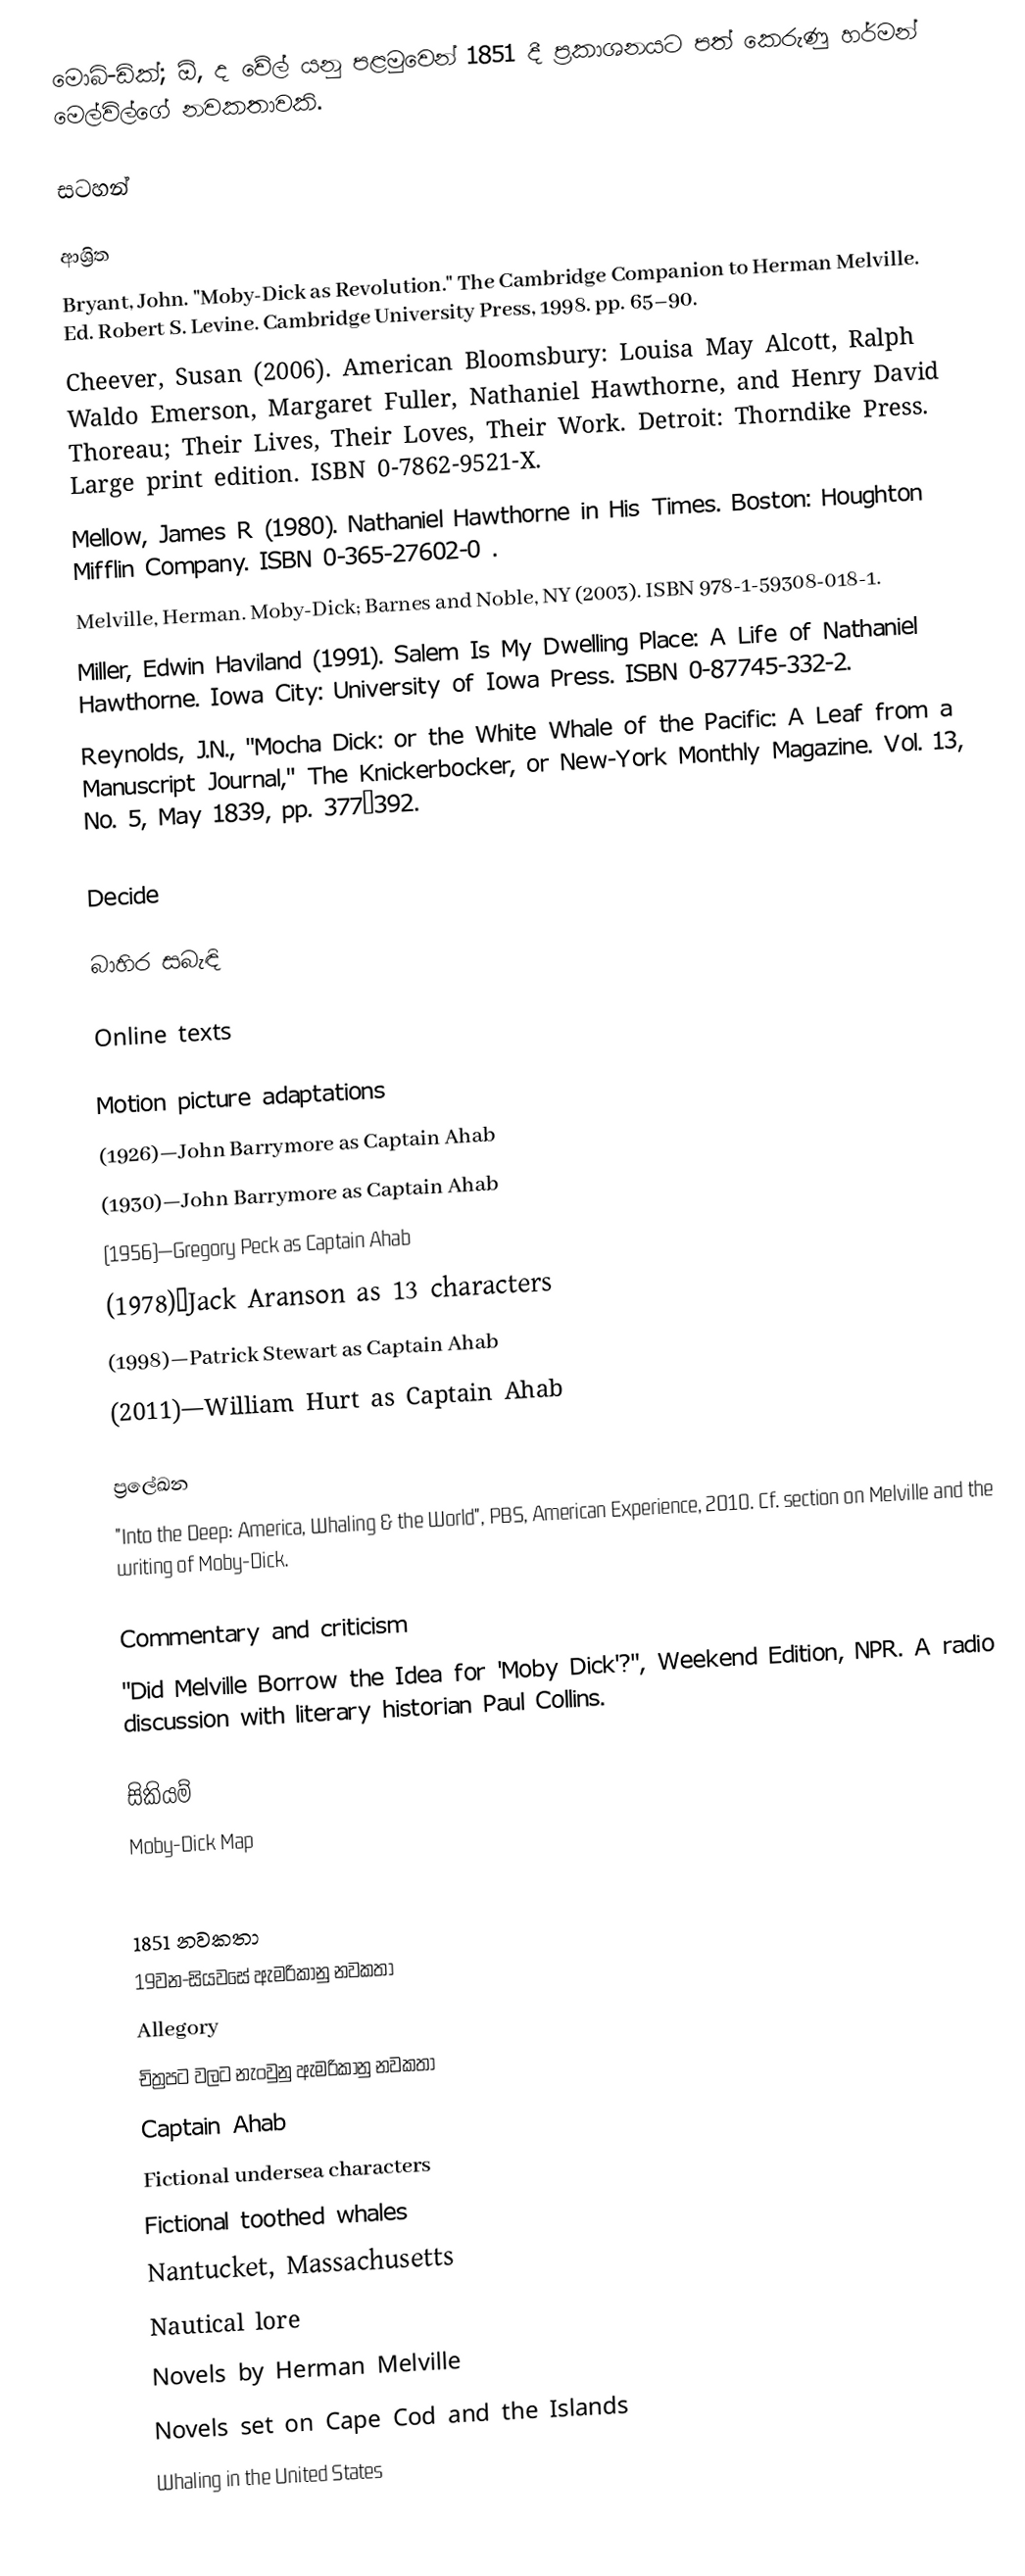
මොබි-ඩික්; ඕ, ද වේල් යනු පළමුවෙන් 1851 දී ප්‍රකාශනයට පත් කෙරුණු  හර්මන් මෙල්විල්ගේ නවකතාවකි.

සටහන්

ආශ්‍රිත
Bryant, John.  "Moby-Dick as Revolution."  The Cambridge Companion to Herman Melville.   Ed. Robert S. Levine.  Cambridge University Press, 1998. pp. 65–90.
Cheever, Susan (2006). American Bloomsbury: Louisa May Alcott, Ralph Waldo Emerson, Margaret Fuller, Nathaniel Hawthorne, and Henry David Thoreau; Their Lives, Their Loves, Their Work. Detroit: Thorndike Press. Large print edition. ISBN 0-7862-9521-X.
Mellow, James R (1980). Nathaniel Hawthorne in His Times. Boston: Houghton Mifflin Company. ISBN 0-365-27602-0 .
Melville, Herman. Moby-Dick; Barnes and Noble, NY (2003). ISBN 978-1-59308-018-1.
Miller, Edwin Haviland (1991). Salem Is My Dwelling Place: A Life of Nathaniel Hawthorne. Iowa City: University of Iowa Press. ISBN 0-87745-332-2.
Reynolds, J.N., "Mocha Dick: or the White Whale of the Pacific: A Leaf from a Manuscript Journal," The Knickerbocker, or New-York Monthly Magazine. Vol. 13, No. 5, May 1839, pp. 377–392.

Decide

බාහිර සබැඳි

Online texts

Motion picture adaptations
  (1926)—John Barrymore as Captain Ahab
  (1930)—John Barrymore as Captain Ahab
  (1956)—Gregory Peck as Captain Ahab
  (1978)—Jack Aranson as 13 characters
  (1998)—Patrick Stewart as Captain Ahab
  (2011)—William Hurt as Captain Ahab

ප්‍රලේඛන
 "Into the Deep: America, Whaling & the World", PBS, American Experience, 2010. Cf. section on Melville and the writing of Moby-Dick.

Commentary and criticism
 "Did Melville Borrow the Idea for 'Moby Dick'?", Weekend Edition, NPR. A radio discussion with literary historian Paul Collins.

සිකියම්
 Moby-Dick Map

1851 නවකතා
19වන-සියවසේ ඇමරිකානු නවකතා
Allegory
චිත්‍රපට වලට නැංවුනු ඇමරිකානු නවකතා
Captain Ahab
Fictional undersea characters
Fictional toothed whales
Nantucket, Massachusetts
Nautical lore
Novels by Herman Melville
Novels set on Cape Cod and the Islands
Whaling in the United States